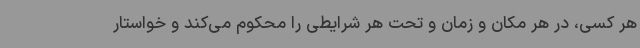
هر کسی، در هر مکان و زمان و تحت هر شرایطی را محکوم می‌کند و خواستار